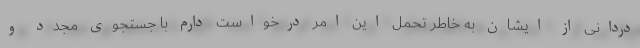
دردانی از ایشان به خاطر تحمل این امر درخواست دارم با جستجوی مجدد و